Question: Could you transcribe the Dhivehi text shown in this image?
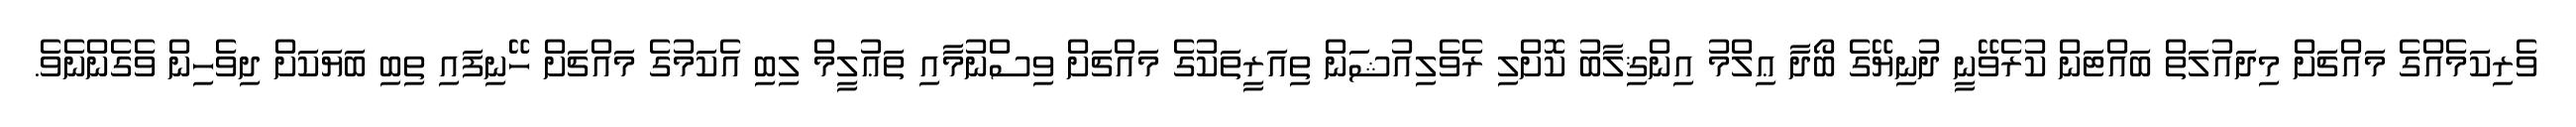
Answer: ވެރިކަމެއްގެ މައްޗަށް މިދައުލަތް ބައްޓަން ކުރެވޭނީ ދުނިޔޭގެ ބޯދާ ޢިލްމު އިންޤިލާބު ކޮށްލި ރެވެލިއުޝަން ތިއަރީތަކުގެ މައްޗަށް ވިސްނުމާއި ތަޢުލީމް ލިބި އެކަމުގެ މައްޗަށް ހޭނިފައި ތިބި ބަޔަކަށް ދިވެހިން ވެގެންނެވެ.